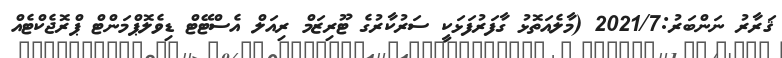
ޤަރާރު ނަންބަރު:2021/7 (މާލެއަތޮޅު ގާފަރުފަޅަކީ ސަރުކާރުގެ ޓޫރިޒަމް ރިއަލް އެސްޓޭޓް ޑިވެލޮޕްމަންޓް ޕްރޮޖެކްޓެއް